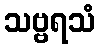
သဗ္ဗရသံ